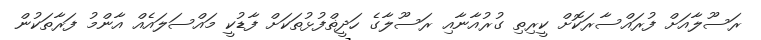
ރަސޫލާއަށް ފުރައްސާރަކޮށް ކީރިތި ގުރުއާނާއި ރަސޫލާގެ ހަދީޡްފުޅުތަކަށް ފާޑުކީ މައްސަލައެއް އާންމު ފަރާތަކުން